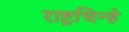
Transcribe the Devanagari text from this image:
राष्ट्रचिन्हे